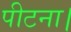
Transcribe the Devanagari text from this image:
पीटना।